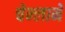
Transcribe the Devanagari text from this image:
चेन्लाने